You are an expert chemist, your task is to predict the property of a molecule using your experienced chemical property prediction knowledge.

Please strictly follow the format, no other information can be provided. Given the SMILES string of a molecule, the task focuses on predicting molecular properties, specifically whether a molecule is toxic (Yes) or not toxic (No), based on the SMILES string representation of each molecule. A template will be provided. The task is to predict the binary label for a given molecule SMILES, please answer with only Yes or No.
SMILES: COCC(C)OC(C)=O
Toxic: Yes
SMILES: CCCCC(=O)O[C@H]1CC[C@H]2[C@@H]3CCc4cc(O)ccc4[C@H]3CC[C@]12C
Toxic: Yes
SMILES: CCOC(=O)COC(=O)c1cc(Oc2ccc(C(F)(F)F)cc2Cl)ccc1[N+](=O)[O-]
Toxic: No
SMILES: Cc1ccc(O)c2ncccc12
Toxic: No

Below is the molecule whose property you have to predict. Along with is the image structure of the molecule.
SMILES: CNC(=O)C(c1ccccc1)c1ccccc1
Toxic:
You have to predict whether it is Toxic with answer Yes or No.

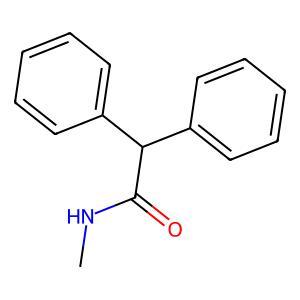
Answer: No